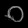
Digit: ၀